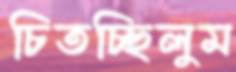
চিতচ্ছিলুম